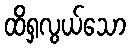
ထိရှလွယ်သော